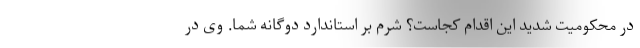
در محکومیت شدید این اقدام کجاست؟ شرم بر استاندارد دوگانه شما. وی در